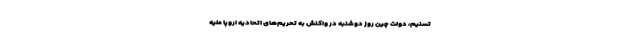
تسنیم، دولت چین روز دوشنبه در واکنش به تحریم‌های اتحادیه اروپا علیه